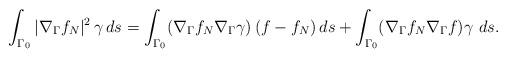
LaTeX: \begin{align*}\int_{\Gamma_0}|\nabla_\Gamma f_N|^2\,\gamma\, d s=\int_{\Gamma_0}(\nabla_\Gamma f_N\nabla_\Gamma \gamma)\,(f-f_N)\, d s+\int_{\Gamma_0}(\nabla_\Gamma f_N\nabla_\Gamma f)\gamma\,\, d s.\end{align*}